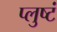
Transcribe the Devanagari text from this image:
प्लुष्टं